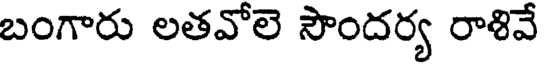
బంగారు లతవోలె సౌందర్య రాళివే